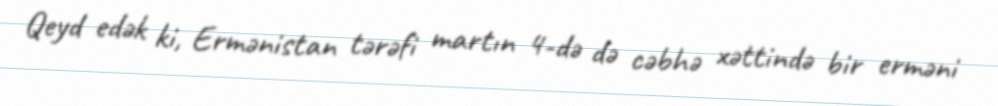
Qeyd edək ki, Ermənistan tərəfi martın 4-də də cəbhə xəttində bir erməni